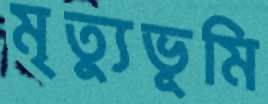
মৃত্যুভূমি